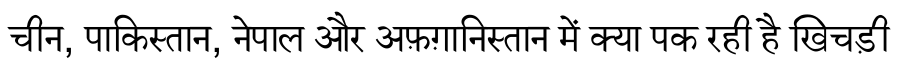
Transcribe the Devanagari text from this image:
चीन, पाकिस्तान, नेपाल और अफ़ग़ानिस्तान में क्या पक रही है खिचड़ी